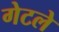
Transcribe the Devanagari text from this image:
गेटले